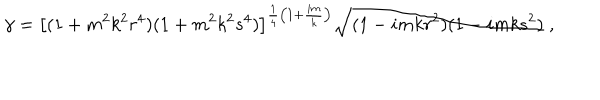
LaTeX: \gamma = \left[ ( 1 + m ^ { 2 } k ^ { 2 } r ^ { 4 } ) ( 1 + m ^ { 2 } k ^ { 2 } s ^ { 4 } ) \right] ^ { \frac { 1 } { 4 } \left( 1 + \frac { i m } { k } \right) } \sqrt { ( 1 - i m k r ^ { 2 } ) ( 1 - i m k s ^ { 2 } ) } \; ,